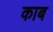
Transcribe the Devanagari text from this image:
काब